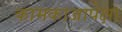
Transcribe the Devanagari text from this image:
कामकाजापेक्षा